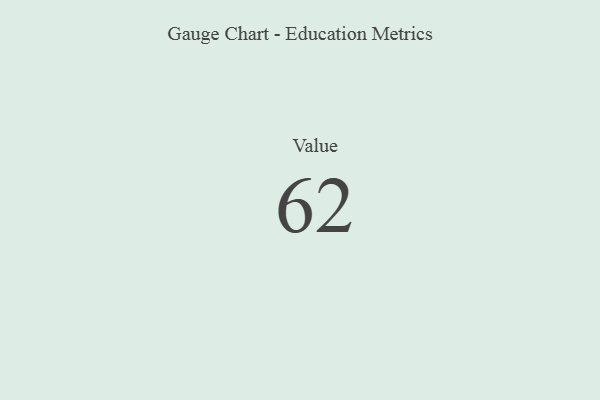
{"axis": {"x": "Metric", "y": "Value"}, "legend": [""], "data": [{"x": "Value", "y": 62, "type": ""}]}